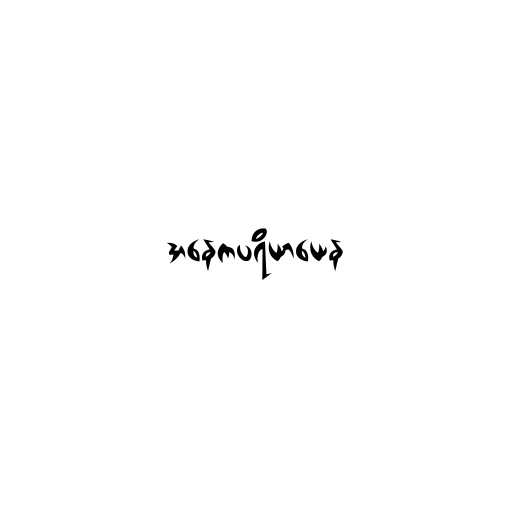
အနေကပရိယာယေန